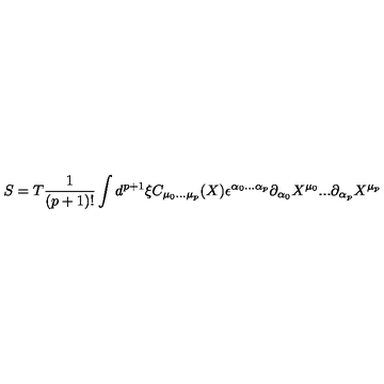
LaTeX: S = T \frac { 1 } { ( p + 1 ) ! } \int d ^ { p + 1 } \xi C _ { \mu _ { 0 } . . . \mu _ { p } } ( X ) \epsilon ^ { \alpha _ { 0 } . . . \alpha _ { p } } \partial _ { \alpha _ { 0 } } X ^ { \mu _ { 0 } } . . . \partial _ { \alpha _ { p } } X ^ { \mu _ { p } }